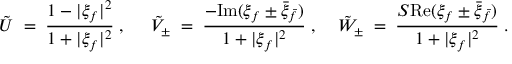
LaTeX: \tilde { \cal U } \; = \; \frac { 1 - | \xi _ { f } | ^ { 2 } } { 1 + | \xi _ { f } | ^ { 2 } } \; , \; \; \; \; \; \tilde { \cal V } _ { \pm } \; = \; \frac { - \mathrm { I m } ( \xi _ { f } \pm \bar { \xi } _ { \bar { f } } ) } { 1 + | \xi _ { f } | ^ { 2 } } \; , \; \; \; \; \tilde { \cal W } _ { \pm } \; = \; \frac { { \cal S } \mathrm { R e } ( \xi _ { f } \pm \bar { \xi } _ { \bar { f } } ) } { 1 + | \xi _ { f } | ^ { 2 } } \; .